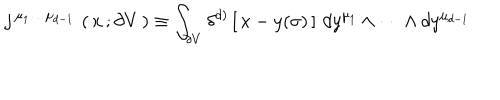
j ^ { \, \mu _ { 1 } \dots \mu _ { d - 1 } \, } \left( \, x \, ; \partial V \, \right) \equiv \int _ { \partial V } \delta ^ { d ) } \left[ \, x - y ( \sigma ) \, \right] \, d y ^ { \mu _ { 1 } } \wedge \dots \wedge d y ^ { \mu _ { d - 1 } }